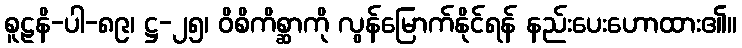
စူဠနိ-ပါ-၈၉၊ ဋ္ဌ-၂၅၊ ဝိစိကိစ္ဆာကို လွန်မြောက်နိုင်ရန် နည်းပေးဟောထား၏။